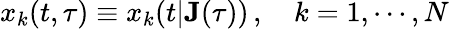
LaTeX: x_{k}(t,\tau)\equiv x_{k}(t|\mathbf{J}(\tau))\, ,\quad k=1,\cdots,N